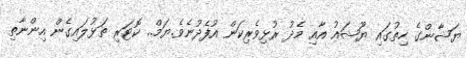
ޔަޝާންގެ ހިތުގައި ޔޫޝައު އާއި މެދު ރުޅިވެރިކަން އުފެދުނެވެ.ޔަމް.. ކޮޓަރި ތަޅުލައިގެން އިންނާތި